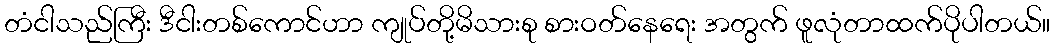
တံငါသည်ကြီး ဒီငါးတစ်ကောင်ဟာ ကျုပ်တို့မိသားစု စားဝတ်နေရေး အတွက် ဖူလုံတာထက်ပိုပါတယ်။